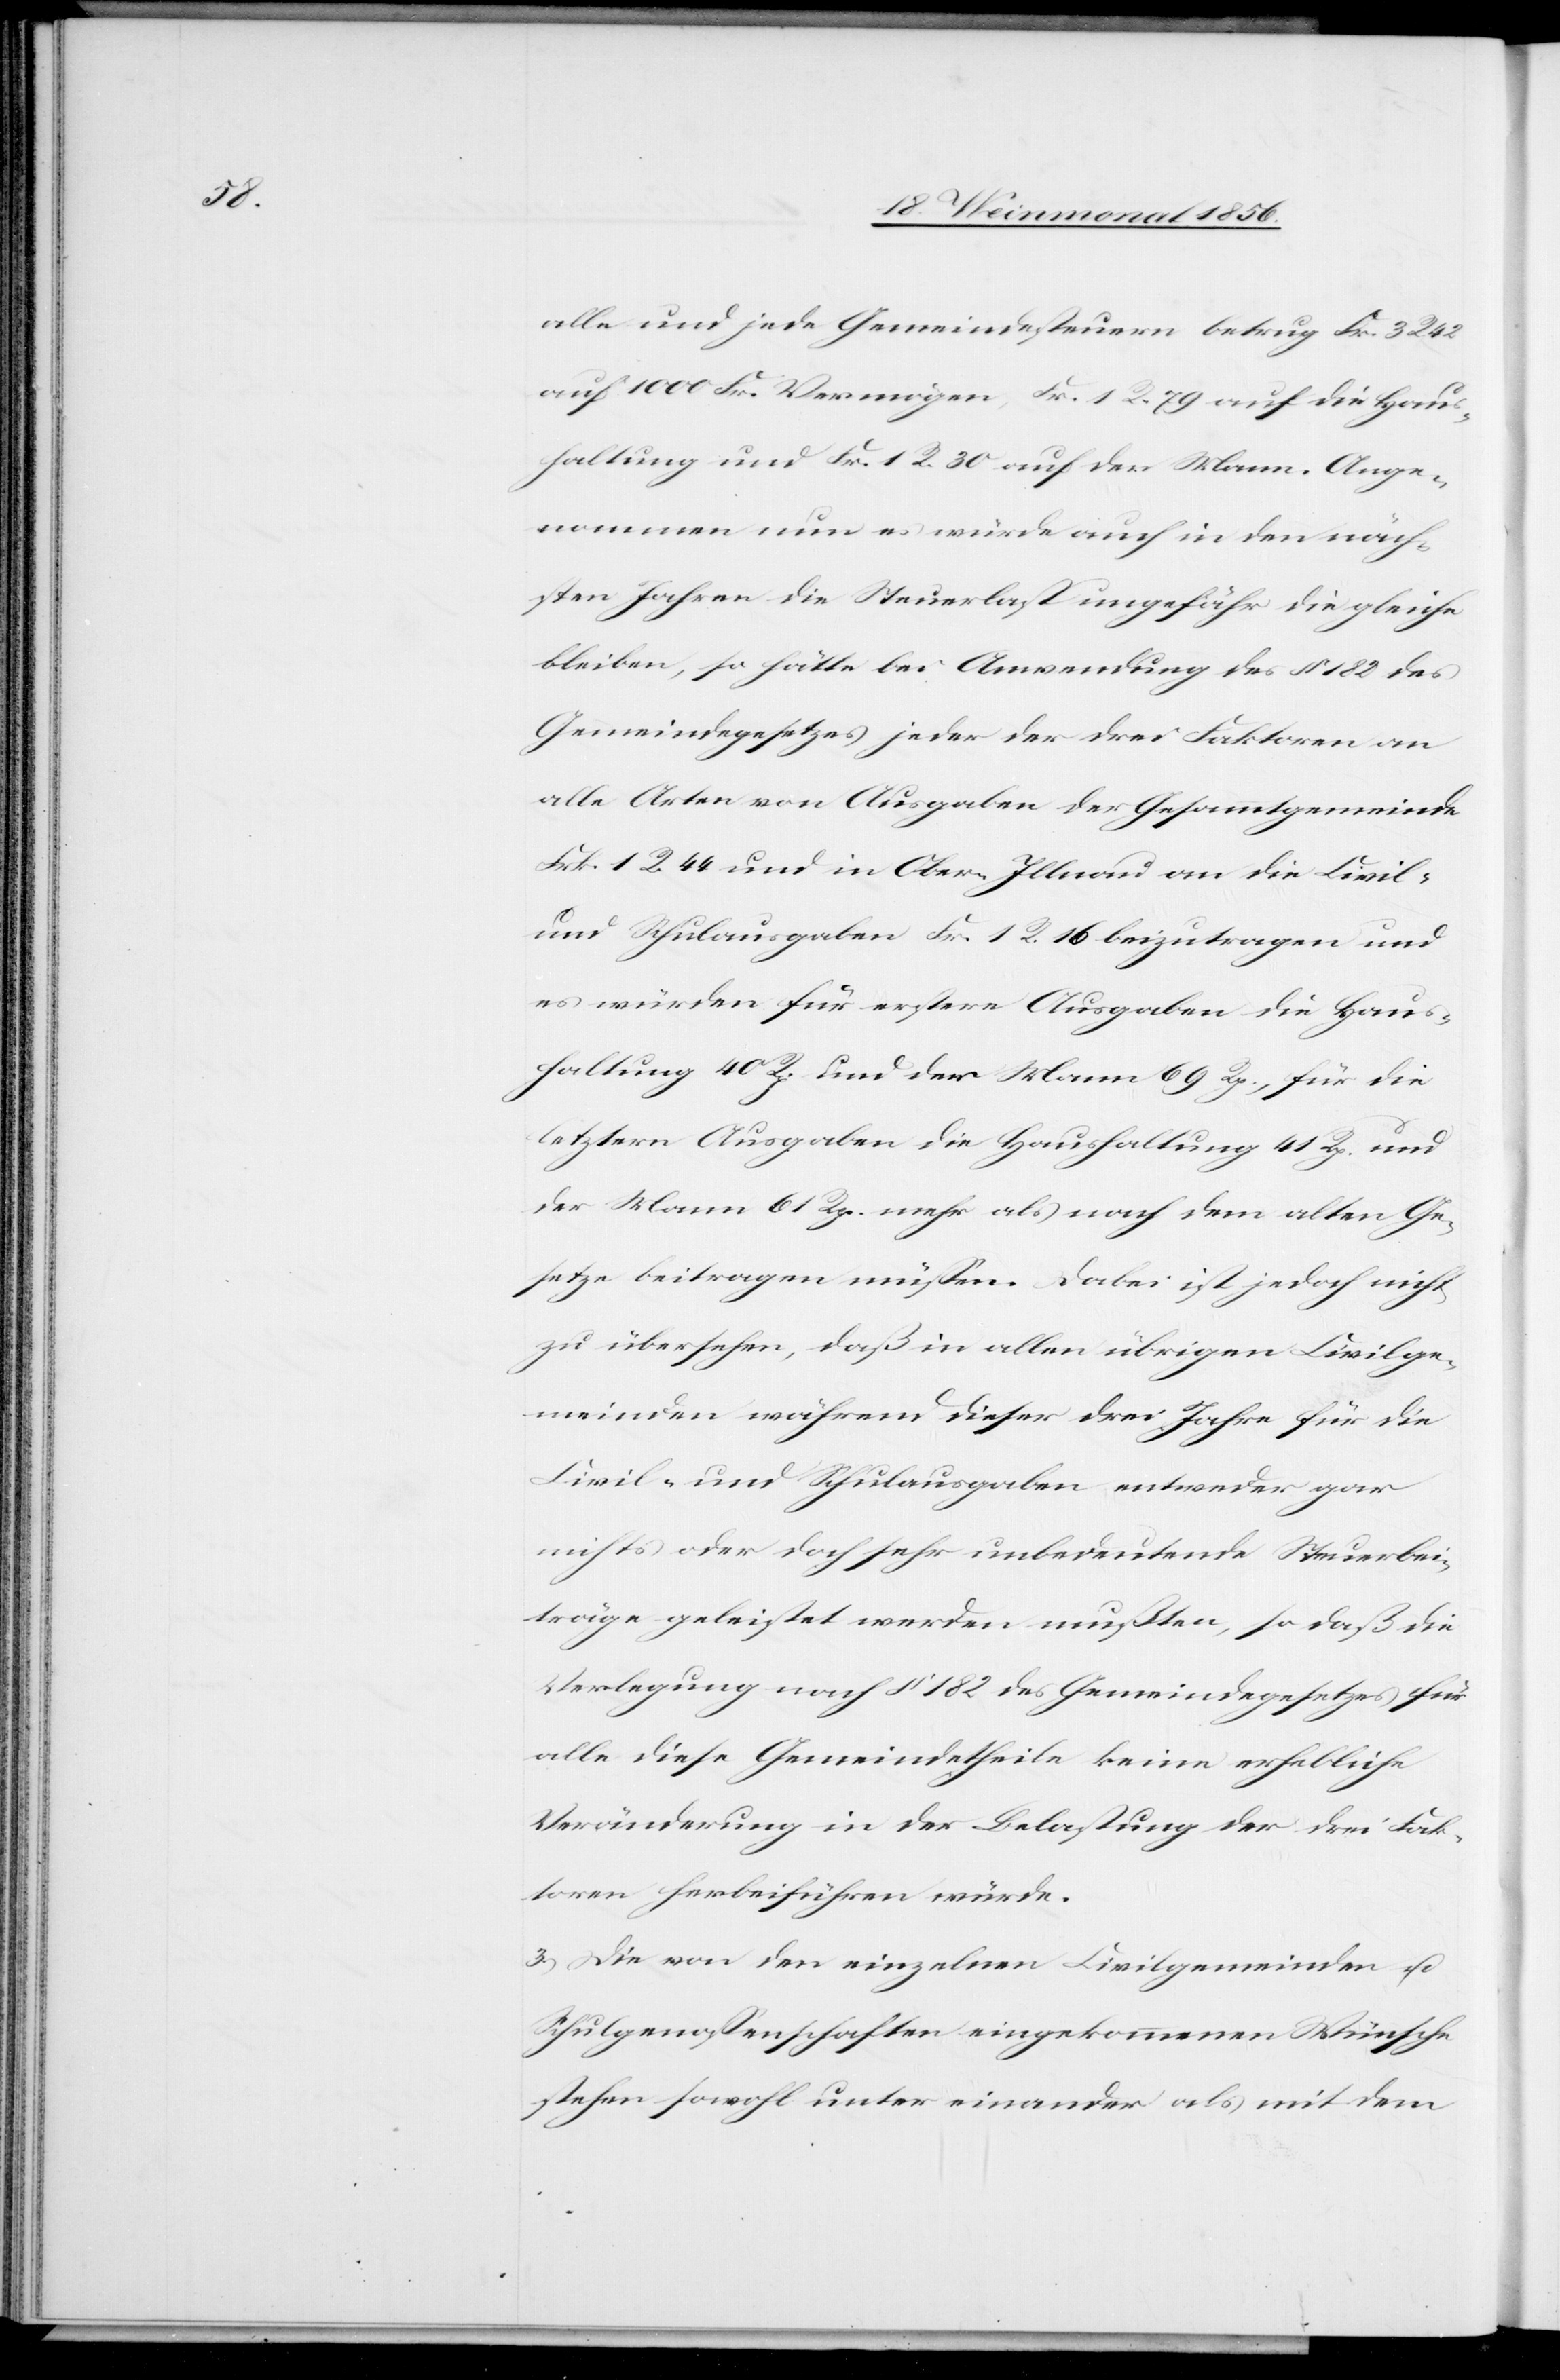
alle und jede Gemeindesteuern betrug Fr. 3 R 42
auf 1000 Fr. Vermögen, Fr. 1 R. 79 auf die Haus¬
haltung und Fr. 1 R. 30 auf den Mann. Ange¬
nommen nun es würde auch in den näch¬
sten Jahren die Steuerlast ungefähr die gleiche
bleiben, so hätte bei Anwendung des § 182 des
Gemeindegesetzes jeder der drei Faktoren an
alle Arten von Ausgaben der Gesammtgemeinde
Frk. 1 R. 44 und in Ober-Illnau an die Civil-
und Schulausgaben Fr. 1 R. 16 beizutragen und
es würden für erstere Ausgaben die Haus¬
haltung 40 Rp. und der Mann 69 Rp., für die
letztern Ausgaben die Haushaltung 41 Rp. und
der Mann 61 Rp. mehr als nach dem alten Ge¬
setze beitragen müssen. Dabei ist jedoch nicht
zu übersehen, daß in allen übrigen Civilge¬
meinden während dieser drei Jahre für die
Civil- und Schulausgaben entweder gar
nichts oder doch sehr unbedeutende Steuerbei¬
träge geleistet werden mußten, so daß die
Verlegung nach § 182 des Gemeindegesetzes für
alle diese Gemeindetheile keine erhebliche
Veränderung in der Belastung der drei Fak¬
toren herbeiführen würde.
3.) Die von den einzelnen Civilgemeinden u.
Schulgenossenschaften eingekommenen Wünsche
stehen sowohl unter einander als mit dem